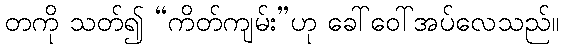
တကို သတ်၍ “ကိတ်ကျမ်း”ဟု ခေါ်ဝေါ်အပ်လေသည်။